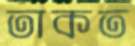
তাকত